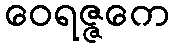
ဝေရဇ္ဇကေ